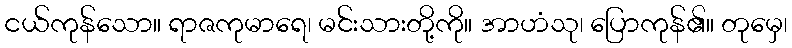
ငယ်ကုန်သော။ ရာဇကုမာရေ၊ မင်းသားတို့ကို။ အာဟံသု၊ ပြောကုန်၏။ တုမှေ၊